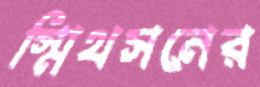
স্মিথসনের